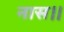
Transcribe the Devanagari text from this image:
नास।।